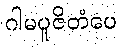
ဂါမပူဇိတံပေ